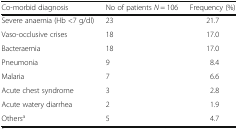
<table><thead><tr><td><b>Co-morbid diagnosis</b></td><td><b>No of patients <i>N</i> = 106</b></td><td><b>Frequency (%)</b></td></tr></thead><tbody><tr><td>Severe anaemia (Hb &lt;7 g/dl)</td><td>23</td><td>21.7</td></tr><tr><td>Vaso-occlusive crises</td><td>18</td><td>17.0</td></tr><tr><td>Bacteraemia</td><td>18</td><td>17.0</td></tr><tr><td>Pneumonia</td><td>9</td><td>8.4</td></tr><tr><td>Malaria</td><td>7</td><td>6.6</td></tr><tr><td>Acute chest syndrome</td><td>3</td><td>2.8</td></tr><tr><td>Acute watery diarrhea</td><td>2</td><td>1.9</td></tr><tr><td>Others<sup>a</sup></td><td>5</td><td>4.7</td></tr></tbody></table>